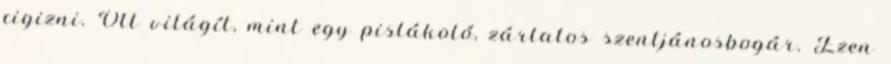
cigizni. Ott világít, mint egy pislákoló, zárlatos szentjánosbogár. Ezen